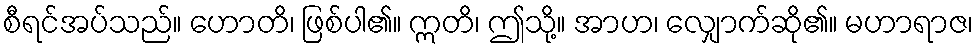
စီရင်အပ်သည်။ ဟောတိ၊ ဖြစ်ပါ၏။ ဣတိ၊ ဤသို့။ အာဟ၊ လျှောက်ဆို၏။ မဟာရာဇ၊